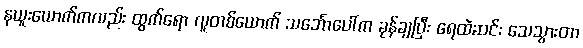
နယူးယောက်ကလည်း ထွက်ရော လူတစ်ယောက် သင်္ဘောပေါ်က ခုန်ချပြီး ရေထဲဆင်း သေသွားတာ